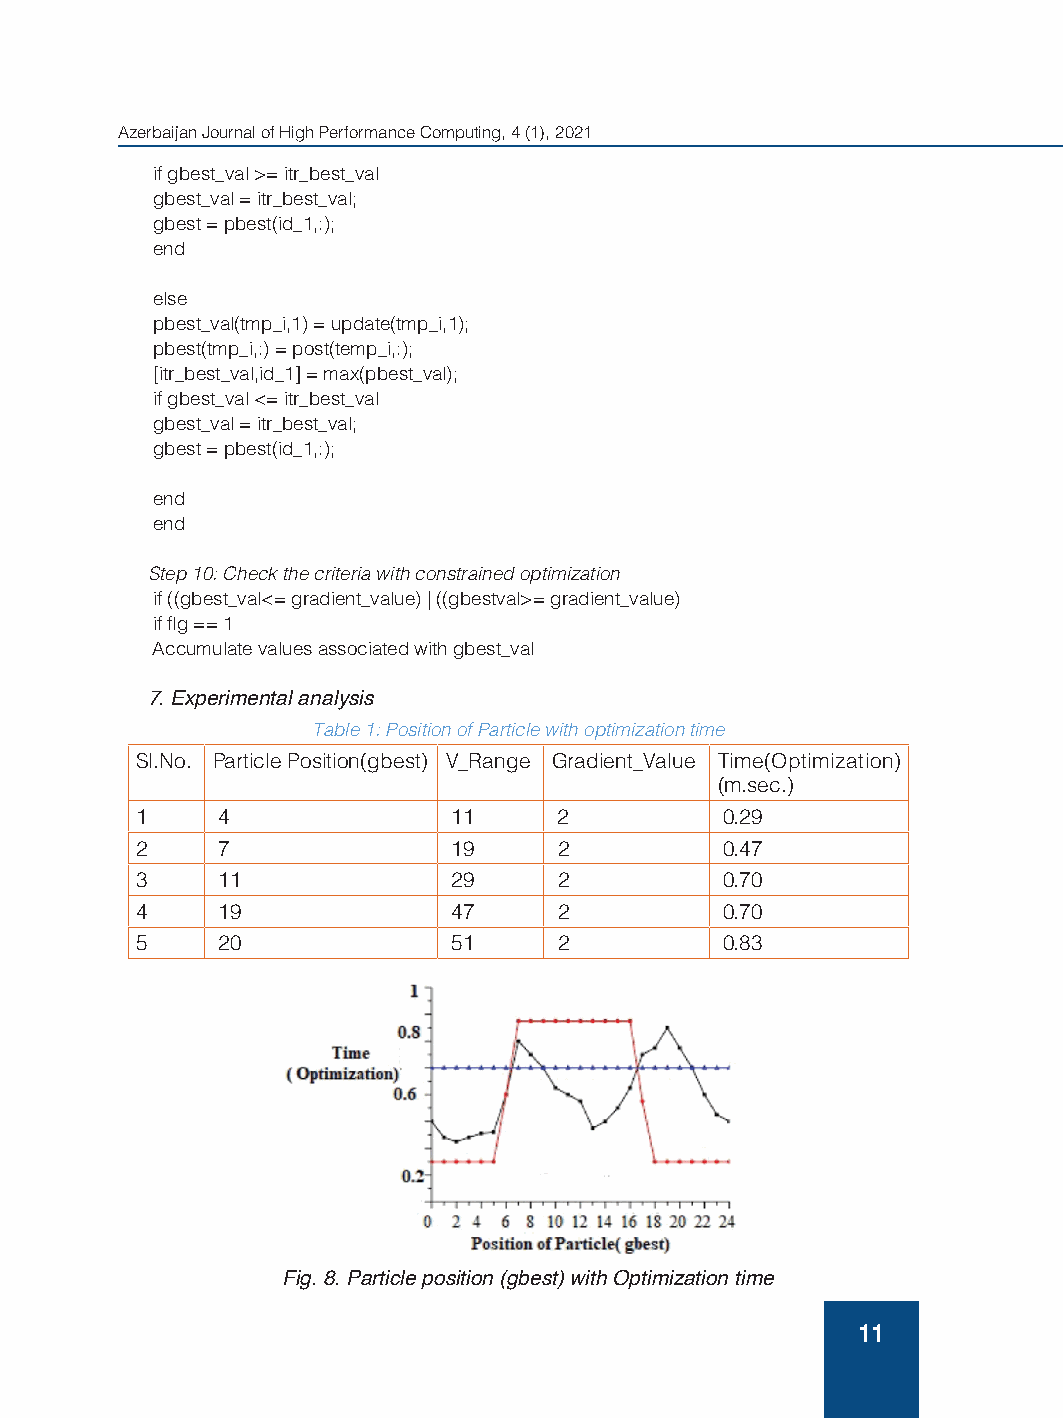
Azerbaijan Journal of High Performance Computing, 4 (1), 2021
 if gbest_val >= itr_best_val
 gbest_val = itr_best_val;
 gbest = pbest(id_1,:);
 end
 else
 pbest_val(tmp_i,1) = update(tmp_i,1);
 pbest(tmp_i,:) = post(temp_i,:);
 [itr_best_val,id_1] = max(pbest_val);
 if gbest_val <= itr_best_val
 gbest_val = itr_best_val;
 gbest = pbest(id_1,:);
 end
 end
 Step 10: Check the criteria with constrained optimization
 if ((gbest_val<= gradient_value) | ((gbestval>= gradient_value)
 if flg == 1
 Accumulate values associated with gbest_val
 7. Experimental analysis
 Table 1: Position of Particle with optimization time
 Sl.No. Particle Position(gbest) V_Range Gradient_Value Time(Optimization)
 (m.sec.)
 1    4               11     2          0.29
 2    7               19     2          0.47
 3    11              29     2          0.70
 4    19              47     2          0.70
 5    20              51     2          0.83
 Fig. 8. Particle position (gbest) with Optimization time
 11